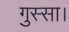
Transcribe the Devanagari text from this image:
गुस्सा।